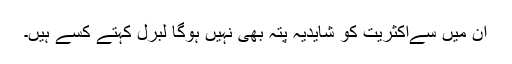
ان میں سےاکثریت کو شایدیہ پتہ بھی نہیں ہوگا لبرل کہتے کسے ہیں۔